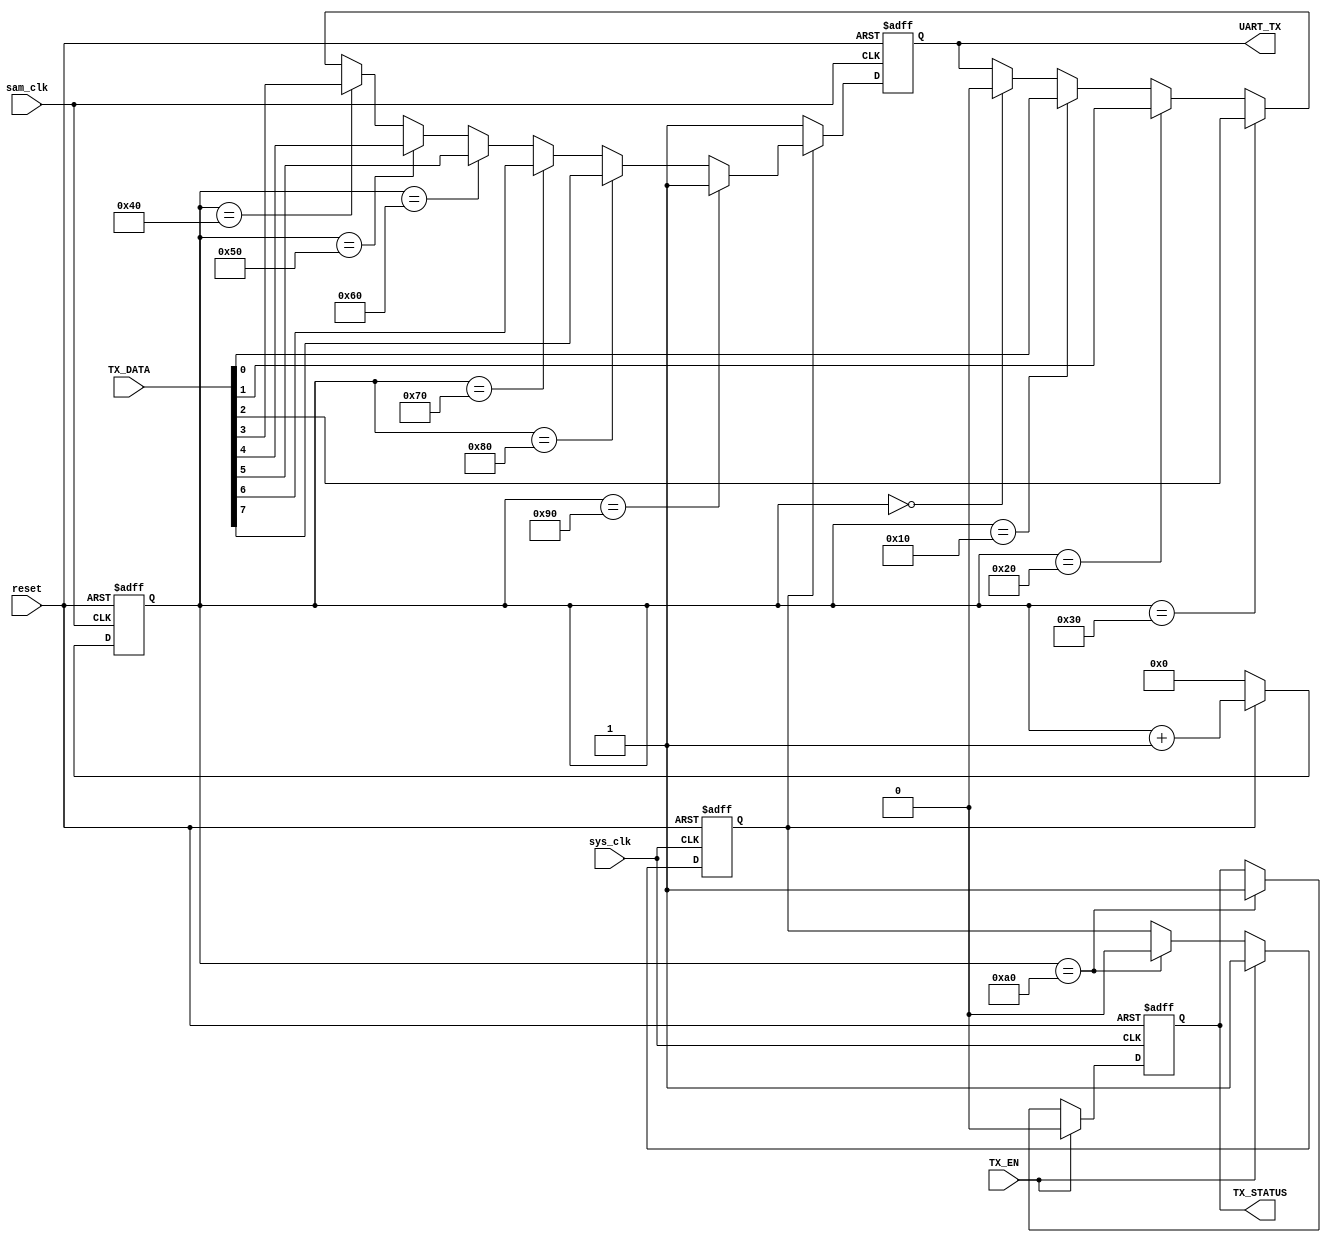
module UART_Sender(sys_clk,sam_clk,reset,TX_DATA,TX_EN,TX_STATUS,UART_TX);
input sys_clk,sam_clk,reset,TX_EN;
input [7:0] TX_DATA;
output reg TX_STATUS=1,UART_TX=1;
reg enable=0;
reg [7:0] count=0;
always@(posedge sys_clk or negedge reset)
begin
if(~reset)begin
enable<=0;
TX_STATUS<=1;
end
else if(TX_EN)begin
enable<=1;
TX_STATUS=0;
end
else if(count==160)begin
enable<=0;
TX_STATUS<=1;
end
end

always@(posedge sam_clk or negedge reset)
begin
if(~reset) count<=0;
else if(enable) count<=count+1;
else count<=0;
end

always@(posedge sam_clk or negedge reset)
begin
if(~reset) UART_TX<=1;
else if(enable) begin
if(count==0) UART_TX<=0;
if(count==16) UART_TX<=TX_DATA[0];
if(count==32) UART_TX<=TX_DATA[1];
if(count==48) UART_TX<=TX_DATA[2];
if(count==64) UART_TX<=TX_DATA[3];
if(count==80) UART_TX<=TX_DATA[4];
if(count==96) UART_TX<=TX_DATA[5];
if(count==112) UART_TX<=TX_DATA[6];
if(count==128) UART_TX<=TX_DATA[7];
if(count==144) UART_TX<=1;
end
else UART_TX<=1;
end
endmodule